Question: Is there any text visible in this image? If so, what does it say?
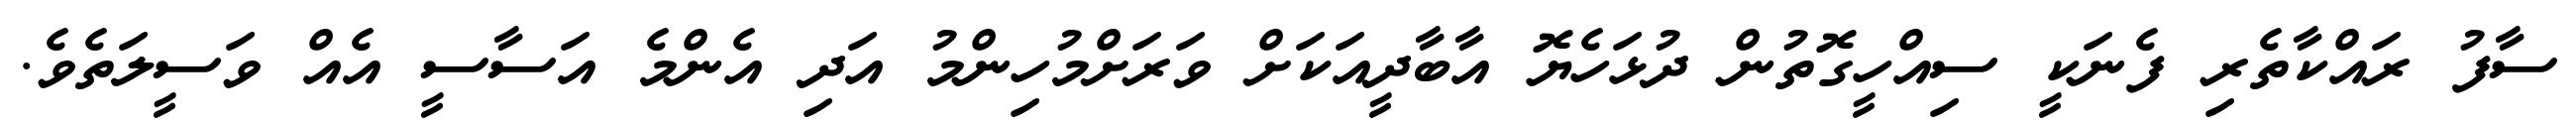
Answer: ސާފު ރައްކާތެރި ފެނަކީ ސިއްހީގޮތުން ދުޅަހެޔޮ އާބާދީއަކަށް ވަރަށްމުހިންމު އަދި އެންމެ އަސާސީ އެއް ވަސީލަތެވެ.